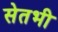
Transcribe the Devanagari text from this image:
सेतभी